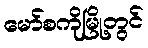
မော်စကိုမြို့တွင်